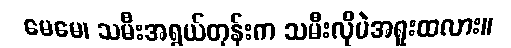
မေမေ၊ သမီးအရွယ်တုန်းက သမီးလိုပဲအရူးထလား။